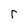
Character: r